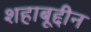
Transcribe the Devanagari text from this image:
शहाबूद्दीन